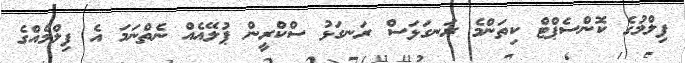
ފިލްމުގެ ކޮންސެޕްޓް ކިތަންމެ ރަނގަޅަސް ރަނގަޅު ސްކްރީން ޕުލޭއެއް ނެތްނަމަ އެ ފިލްމެއްގެ